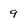
Character: 9